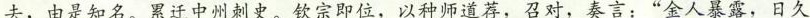
去，由是知名。累迁中州刺史。钦宗即位，以种师道荐，召对，奏言：”金人暴露，日久